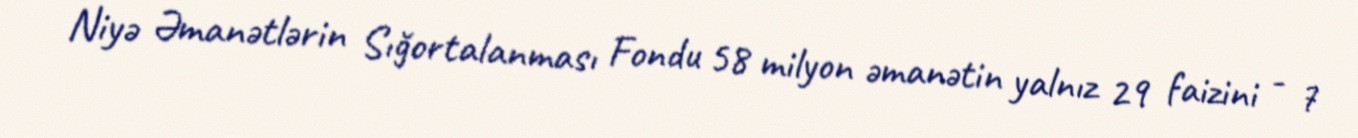
Niyə Əmanətlərin Sığortalanması Fondu 58 milyon əmanətin yalnız 29 faizini - 7